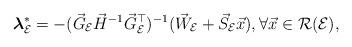
LaTeX: \begin{align*}\boldsymbol{\lambda}_{\mathcal{E}}^{*}=-(\vec{G}_{\mathcal{E}}\vec{H}^{-1}\vec{G}_{\mathcal{E}}^{\top})^{-1}(\vec{W}_{\mathcal{E}}+\vec{S}_{\mathcal{E}}\vec{x}),\forall \vec{x} \in \mathcal{R}(\mathcal{E}),\end{align*}